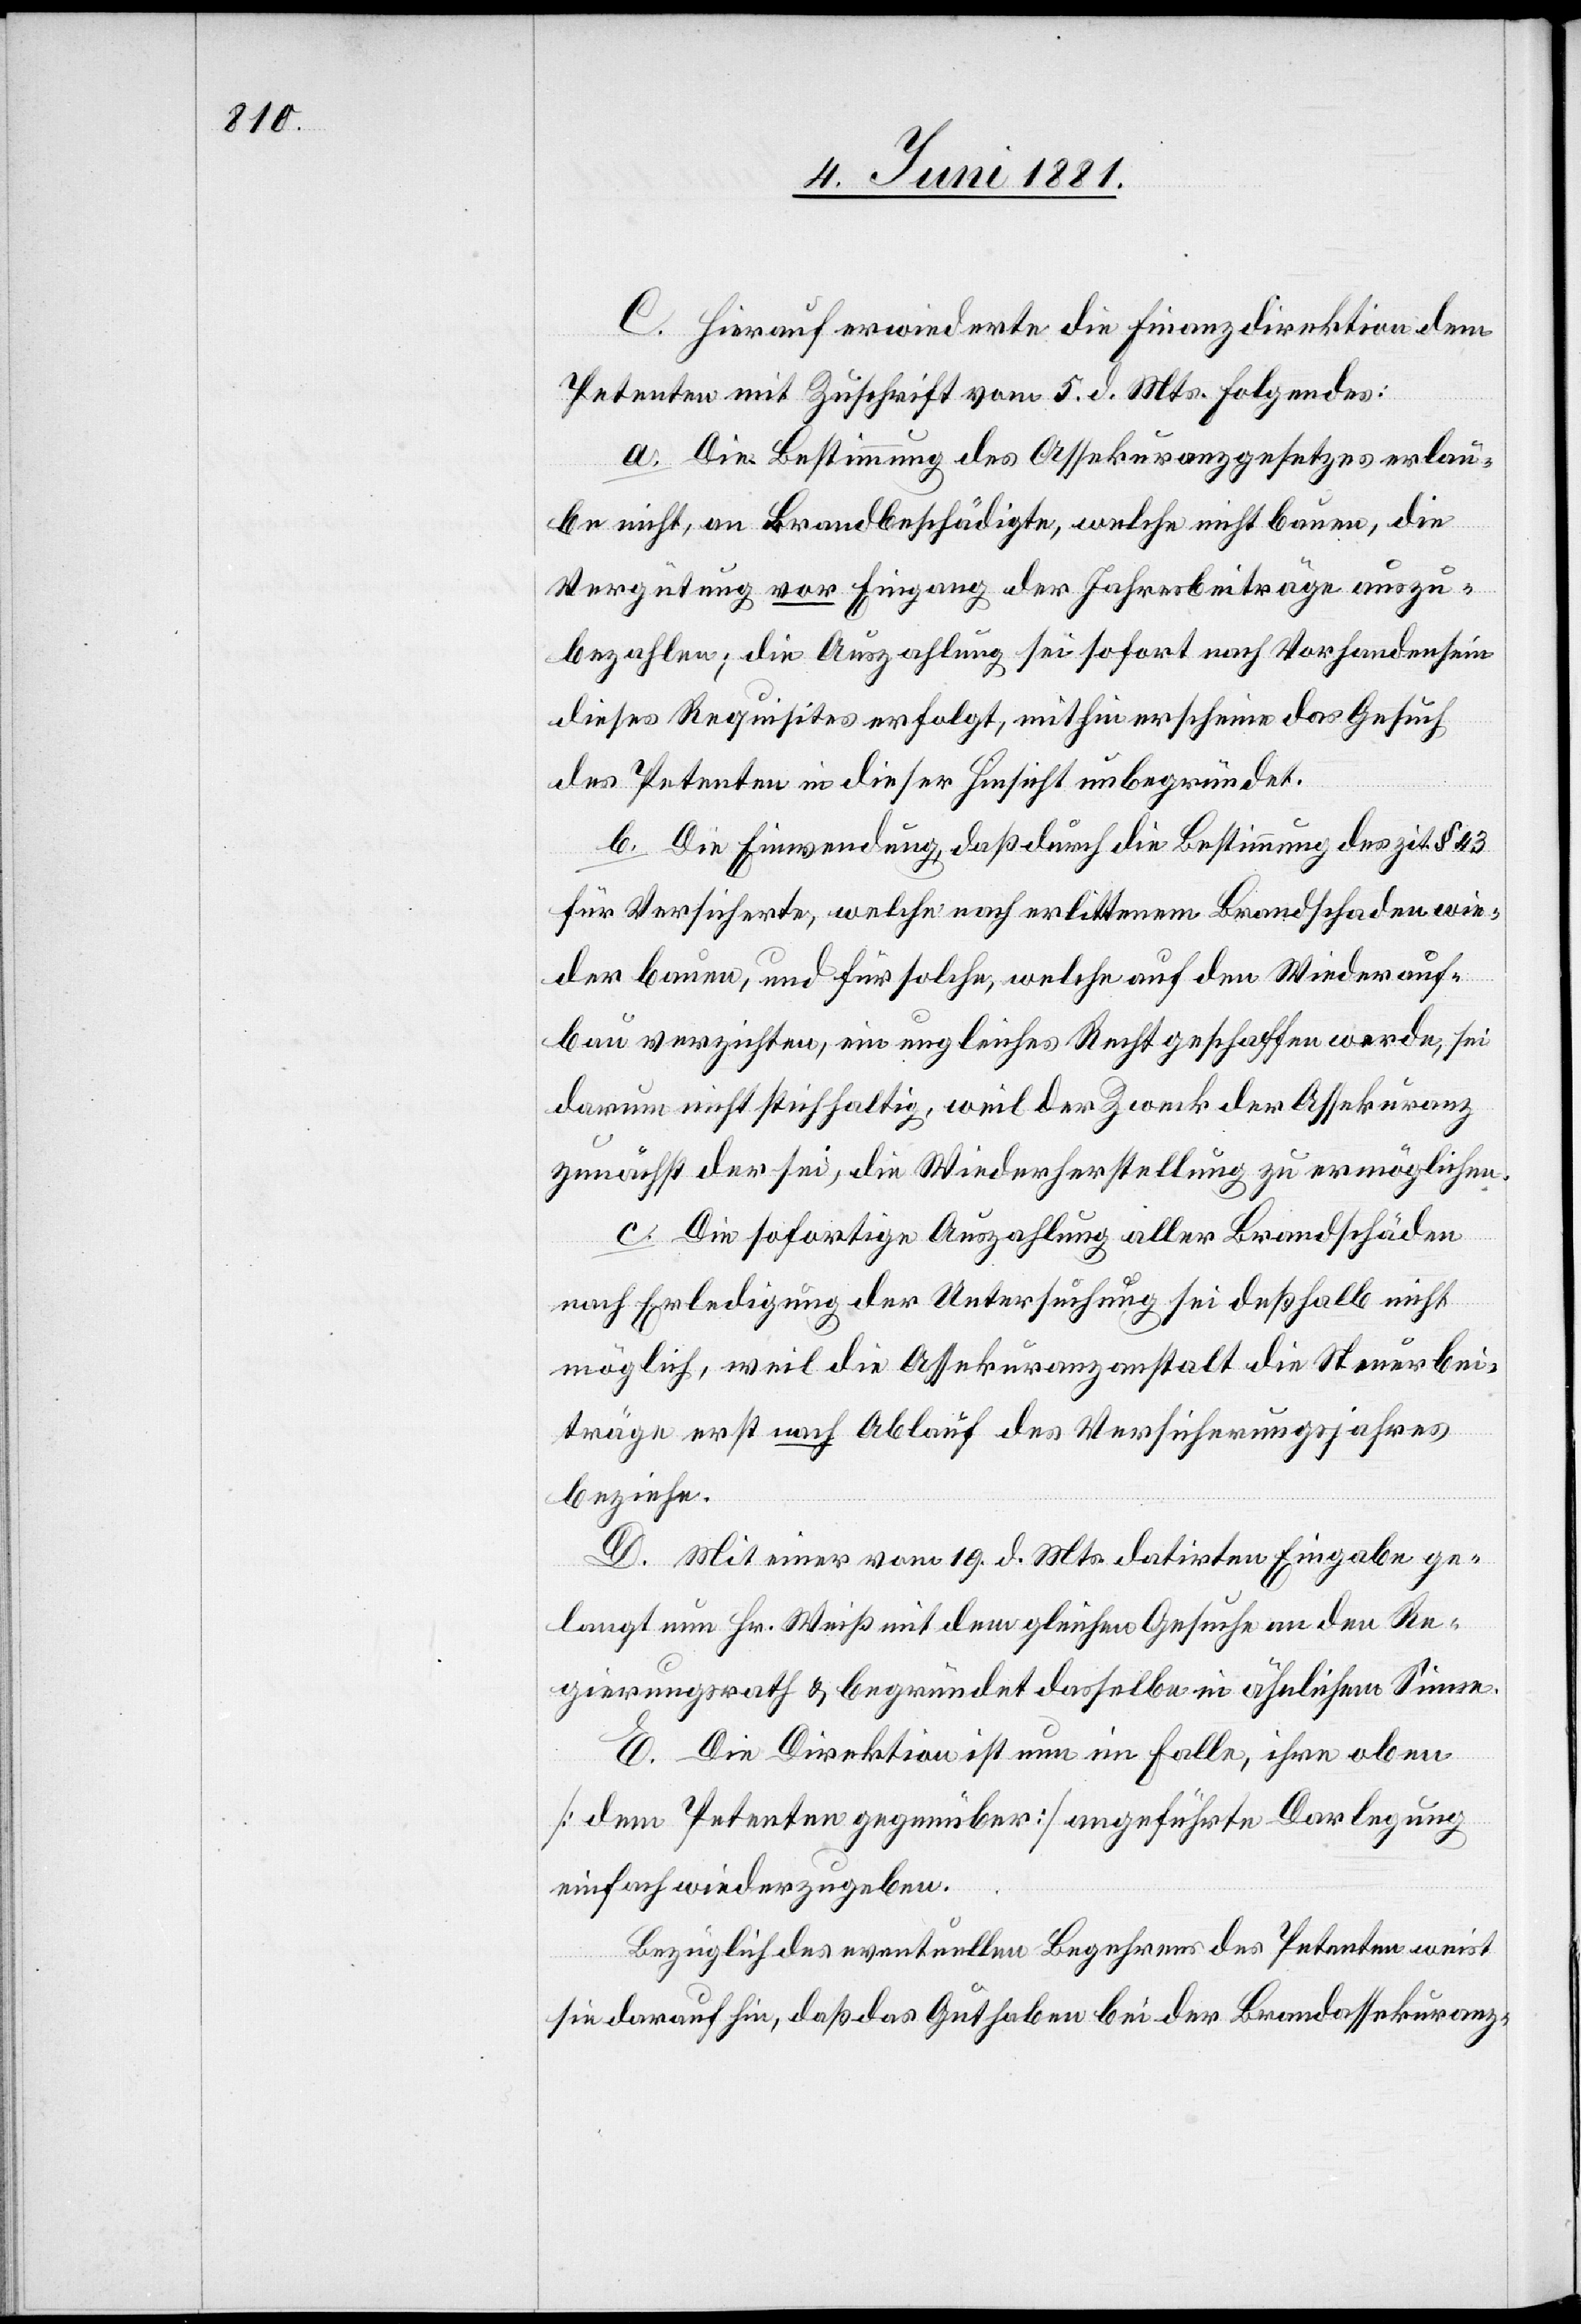
C. Hierauf erwiederte die Finanzdirektion dem
Petenten mit Zuschrift vom 5. d. Mts. folgendes:
a. Die Bestimmung des Assekuranzgesetzes erlau¬
be nicht, an Brandbeschädigte, welche nicht bauen, die
Vergütung vor Eingang der Jahresbeiträge auszu¬
bezahlen; die Auszahlung sei sofort nach Vorhandensein
dieses Requisites erfolgt, mithin erscheine das Gesuch
des Petenten in dieser Hinsicht unbegründet.
b. Die Einwendung, daß dadurch die Bestimmung des zit. § 43
für Versicherte, welche nach erlittenem Brandschaden wie¬
der bauen, und für solche, welche auf den Wiederauf¬
bau verzichten, ein ungleiches Recht geschaffen werde, sei
darum nicht stichhaltig, weil der Zweck der Assekuranz
zunächst der sei, die Wiederherstellung zu ermöglichen.
c. Die sofortige Auszahlung aller Brandschäden
nach Erledigung der Untersuchung sei deßhalb nicht
möglich, weil die Assekuranzanstalt die Steuerbei¬
träge erst nach Ablauf des Versicherungsjahres
beziehe.
D. Mit einer vom 19. d. Mts. datirten Eingabe ge¬
langt nun Hr. Weiß mit dem gleichen Gesuche an den Re¬
gierungsrath & begründet dasselbe in ähnlichem Sinne.
E. Die Direktion ist nun im Falle, ihre oben
[dem Petenten gegenüber] angeführte Darlegung
einfach wiederzugeben.
Bezüglich des eventuellen Begehrens des Petenten weist
sie darauf hin, daß das Guthaben bei der Brandassekuranz-